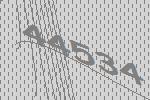
44534